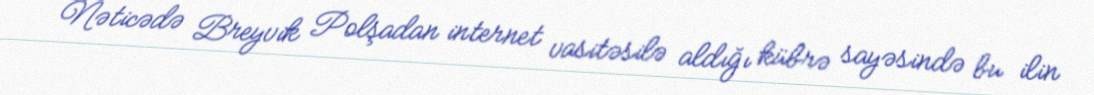
Nəticədə Breyvik Polşadan internet vasitəsilə aldığı kübrə sayəsində bu ilin